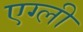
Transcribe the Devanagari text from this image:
एग्ली